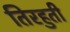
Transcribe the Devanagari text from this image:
तिरहुती